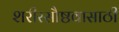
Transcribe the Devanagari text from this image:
शरीरसौष्ठवासाठी